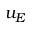
u _ { E }